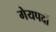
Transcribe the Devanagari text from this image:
गेयपदों